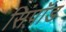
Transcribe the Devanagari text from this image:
सिंपॉड